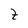
Character: t